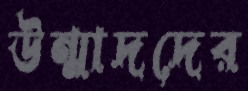
উন্মাদদের